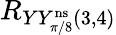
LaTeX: R_{YY_{\pi/8}^{\mathrm{ns}}(3,4)}